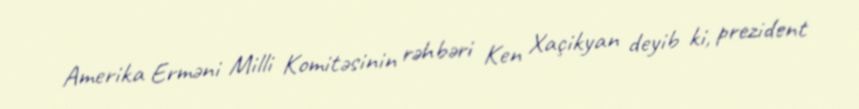
Amerika Erməni Milli Komitəsinin rəhbəri Ken Xaçikyan deyib ki, prezident